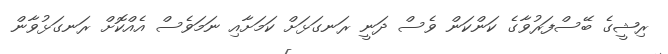
ރިޝީގެ ބޭސްފަރުވާގެ ކަންކަން ވެސް ދަނީ ރަނގަޅަށް ކަމަށާއި ނަމަވެސް އެއްކޮށް ރަނގަޅުވާން